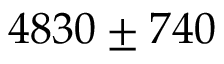
4 8 3 0 \pm 7 4 0